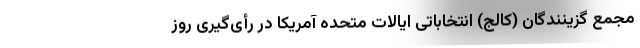
مجمع گزینندگان (کالج) انتخاباتی ایالات متحده آمریکا در رأی‌گیری روز